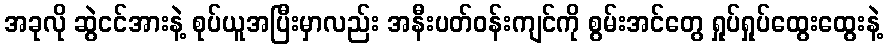
အခုလို ဆွဲငင်အားနဲ့ စုပ်ယူအပြီးမှာလည်း အနီးပတ်ဝန်းကျင်ကို စွမ်းအင်တွေ ရှုပ်ရှုပ်ထွေးထွေးနဲ့